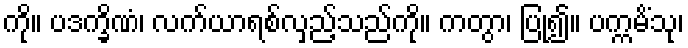
ကို။ ပဒက္ခိဏံ၊ လက်ယာရစ်လှည့်သည်ကို။ ကတွာ၊ ပြု၍။ ပက္ကမိံသု၊